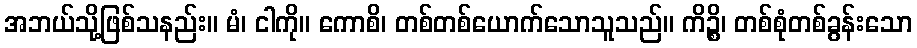
အဘယ်သို့ဖြစ်သနည်း။ မံ၊ ငါကို။ ကောစိ၊ တစ်တစ်ယောက်သောသူသည်။ ကိဉ္စိ၊ တစ်စုံတစ်ခွန်းသော